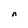
Character: n